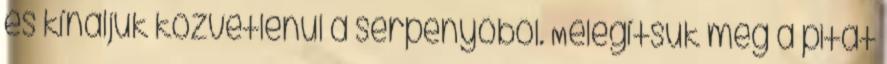
és kínáljuk közvetlenül a serpenyőből. Melegítsük meg a pitát